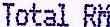
TOTAL RM